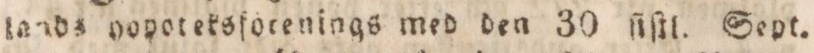
lands hopoteksforenings med den 30 ſiſtl. Sept.